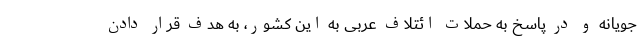
جویانه و در پاسخ به حملات ائتلاف عربی به این کشور، به هدف قرار دادن